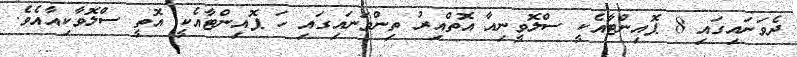
ދެވަނައިގައި 8 ޕޮއިންޓާއެކީ ސްލޮވީނިއާ އޮތްއިރު ތިންވަނައިގައި ހަ ޕޮއިންޓާއެކީ އޮތީ ސްލޮވާކިއާއެވެ.